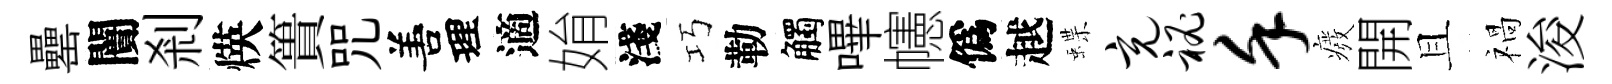
罍闠剎煐簣咒𠵊理適姢淺巧勒觸嗶幰僞越蝶充秘堇癈開且禍浚